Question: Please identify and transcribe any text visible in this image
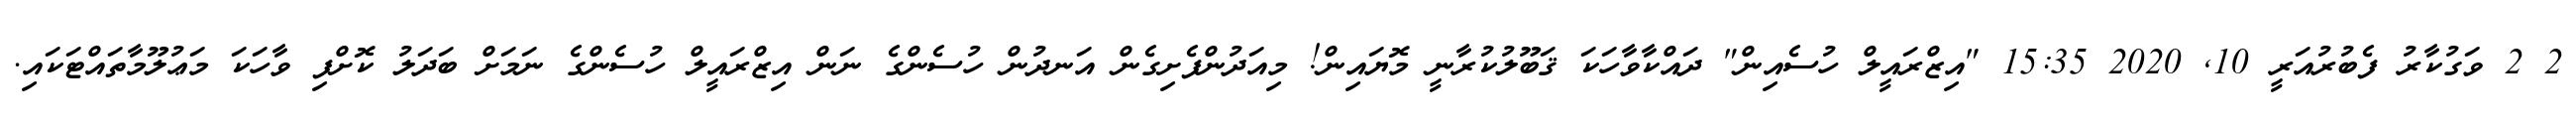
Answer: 2 2 ވަގުކާރު ފެބުރުއަރީ 10, 2020 15:35 "އިޒްރައީލް ހުސެއިން" ދައްކާވާހަކަ ޤަބޫލުކުރާނީ މޮޔައިން! މިއަދުންފެށިގެން އަނދުން ހުސެންގެ ނަން އިޒްރައީލް ހުސެންގެ ނަމަށް ބަދަލު ކޮށްފި ވާހަކަ މަޢުލޫމާތައްޓަކައި.